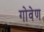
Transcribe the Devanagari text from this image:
गोवेण